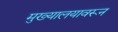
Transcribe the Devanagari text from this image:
मुख्यालयावरून